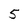
Character: 5